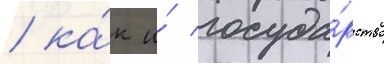
/ ка́к и́ госуда́рство